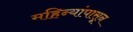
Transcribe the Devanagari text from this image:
महिन्यांपासून